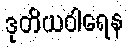
ဒုတိယဝါရေန